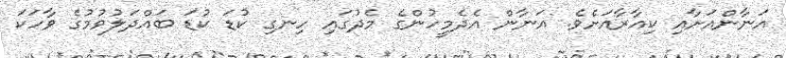
އަނާންއަށާއި ކިއާރާއަށެވެ. އަނާން އެދެމީހުންގެ މެދުގައި ހިނގި ކުޑަ ކުޑަ ބައްދަލުވުމުގެ ވާހަކަ